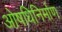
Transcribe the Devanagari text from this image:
ओषधिनिर्माण